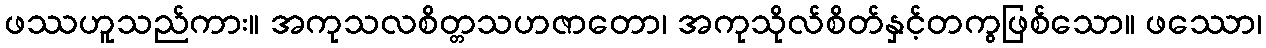
ဖဿဟူသည်ကား။ အကုသလစိတ္တသဟဇာတော၊ အကုသိုလ်စိတ်နှင့်တကွဖြစ်သော။ ဖဿော၊